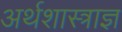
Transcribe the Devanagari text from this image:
अर्थशास्त्राज्ञ